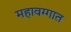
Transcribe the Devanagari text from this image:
महावग्गात